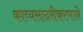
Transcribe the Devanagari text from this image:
काव्यसादरीकरणाने